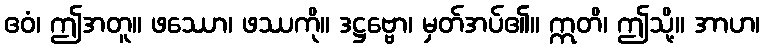
ဧဝံ၊ ဤအတူ။ ဖဿော၊ ဖဿကို။ ဒဋ္ဌဗ္ဗော၊ မှတ်အပ်၏။ ဣတိ၊ ဤသို့။ အာဟ၊